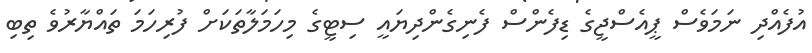
އުފެއްދި ނަމަވެސް ޕީއެސްޖީގެ ޑިފެންސް ފެނިގެންދިޔައީ ސިޓީގެ މިހަމަލާތަކަށް ފުރިހަމަ ތައްޔާރުވެ ތިބި